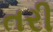
તરી